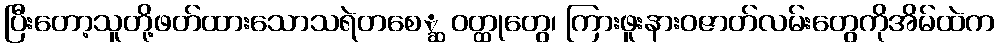
ပြီးတော့သူတို့ဖတ်ထားသောသရဲတစေ္ဆ ဝတ္ထုတွေ၊ ကြားဖူးနားဝဇာတ်လမ်းတွေကိုအိမ်ထဲက